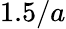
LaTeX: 1.5/a